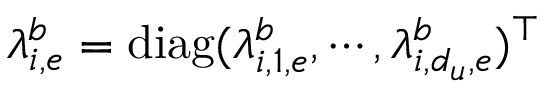
\lambda _ { i , e } ^ { b } = \mathrm { d i a g } ( \lambda _ { i , 1 , e } ^ { b } , \cdots , \lambda _ { i , d _ { u } , e } ^ { b } ) ^ { \top }